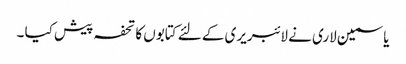
یاسمین لاری نے لائبریری کے لئے کتابوں کا تحفہ پیش کیا ۔